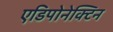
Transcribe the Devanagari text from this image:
एडिपोनेक्टिन